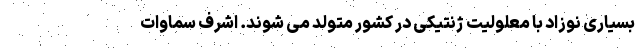
بسیاری نوزاد با معلولیت ژنتیکی در کشور متولد می شوند. اشرف سماوات